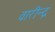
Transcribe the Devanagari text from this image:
वारीन्द्र